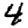
Digit: 4